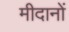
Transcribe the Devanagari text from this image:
मीदानों